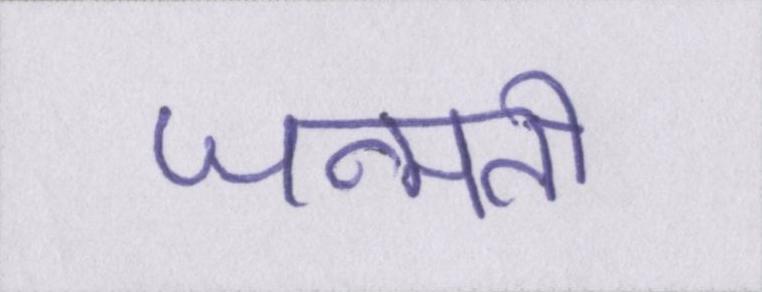
जन्मती